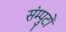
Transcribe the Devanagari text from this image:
संम्पुटों